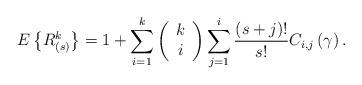
LaTeX: \begin{align*}E\left\{ R_{(s)}^{k}\right\} =1+\sum_{i=1}^{k}\left( \begin{array}{c}k \\ i\end{array}\right) \sum_{j=1}^{i}\frac{(s+j)!}{s!}C_{i,j}\left( \gamma \right) .\end{align*}